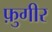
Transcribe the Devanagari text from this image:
फ़ुगीर